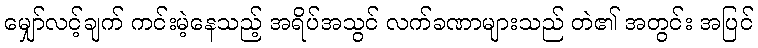
မျှော်လင့်ချက် ကင်းမဲ့နေသည့် အရိပ်အသွင် လက်ခဏာများသည် တဲ၏ အတွင်း အပြင်